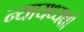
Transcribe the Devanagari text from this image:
न्यायध्यक्षों